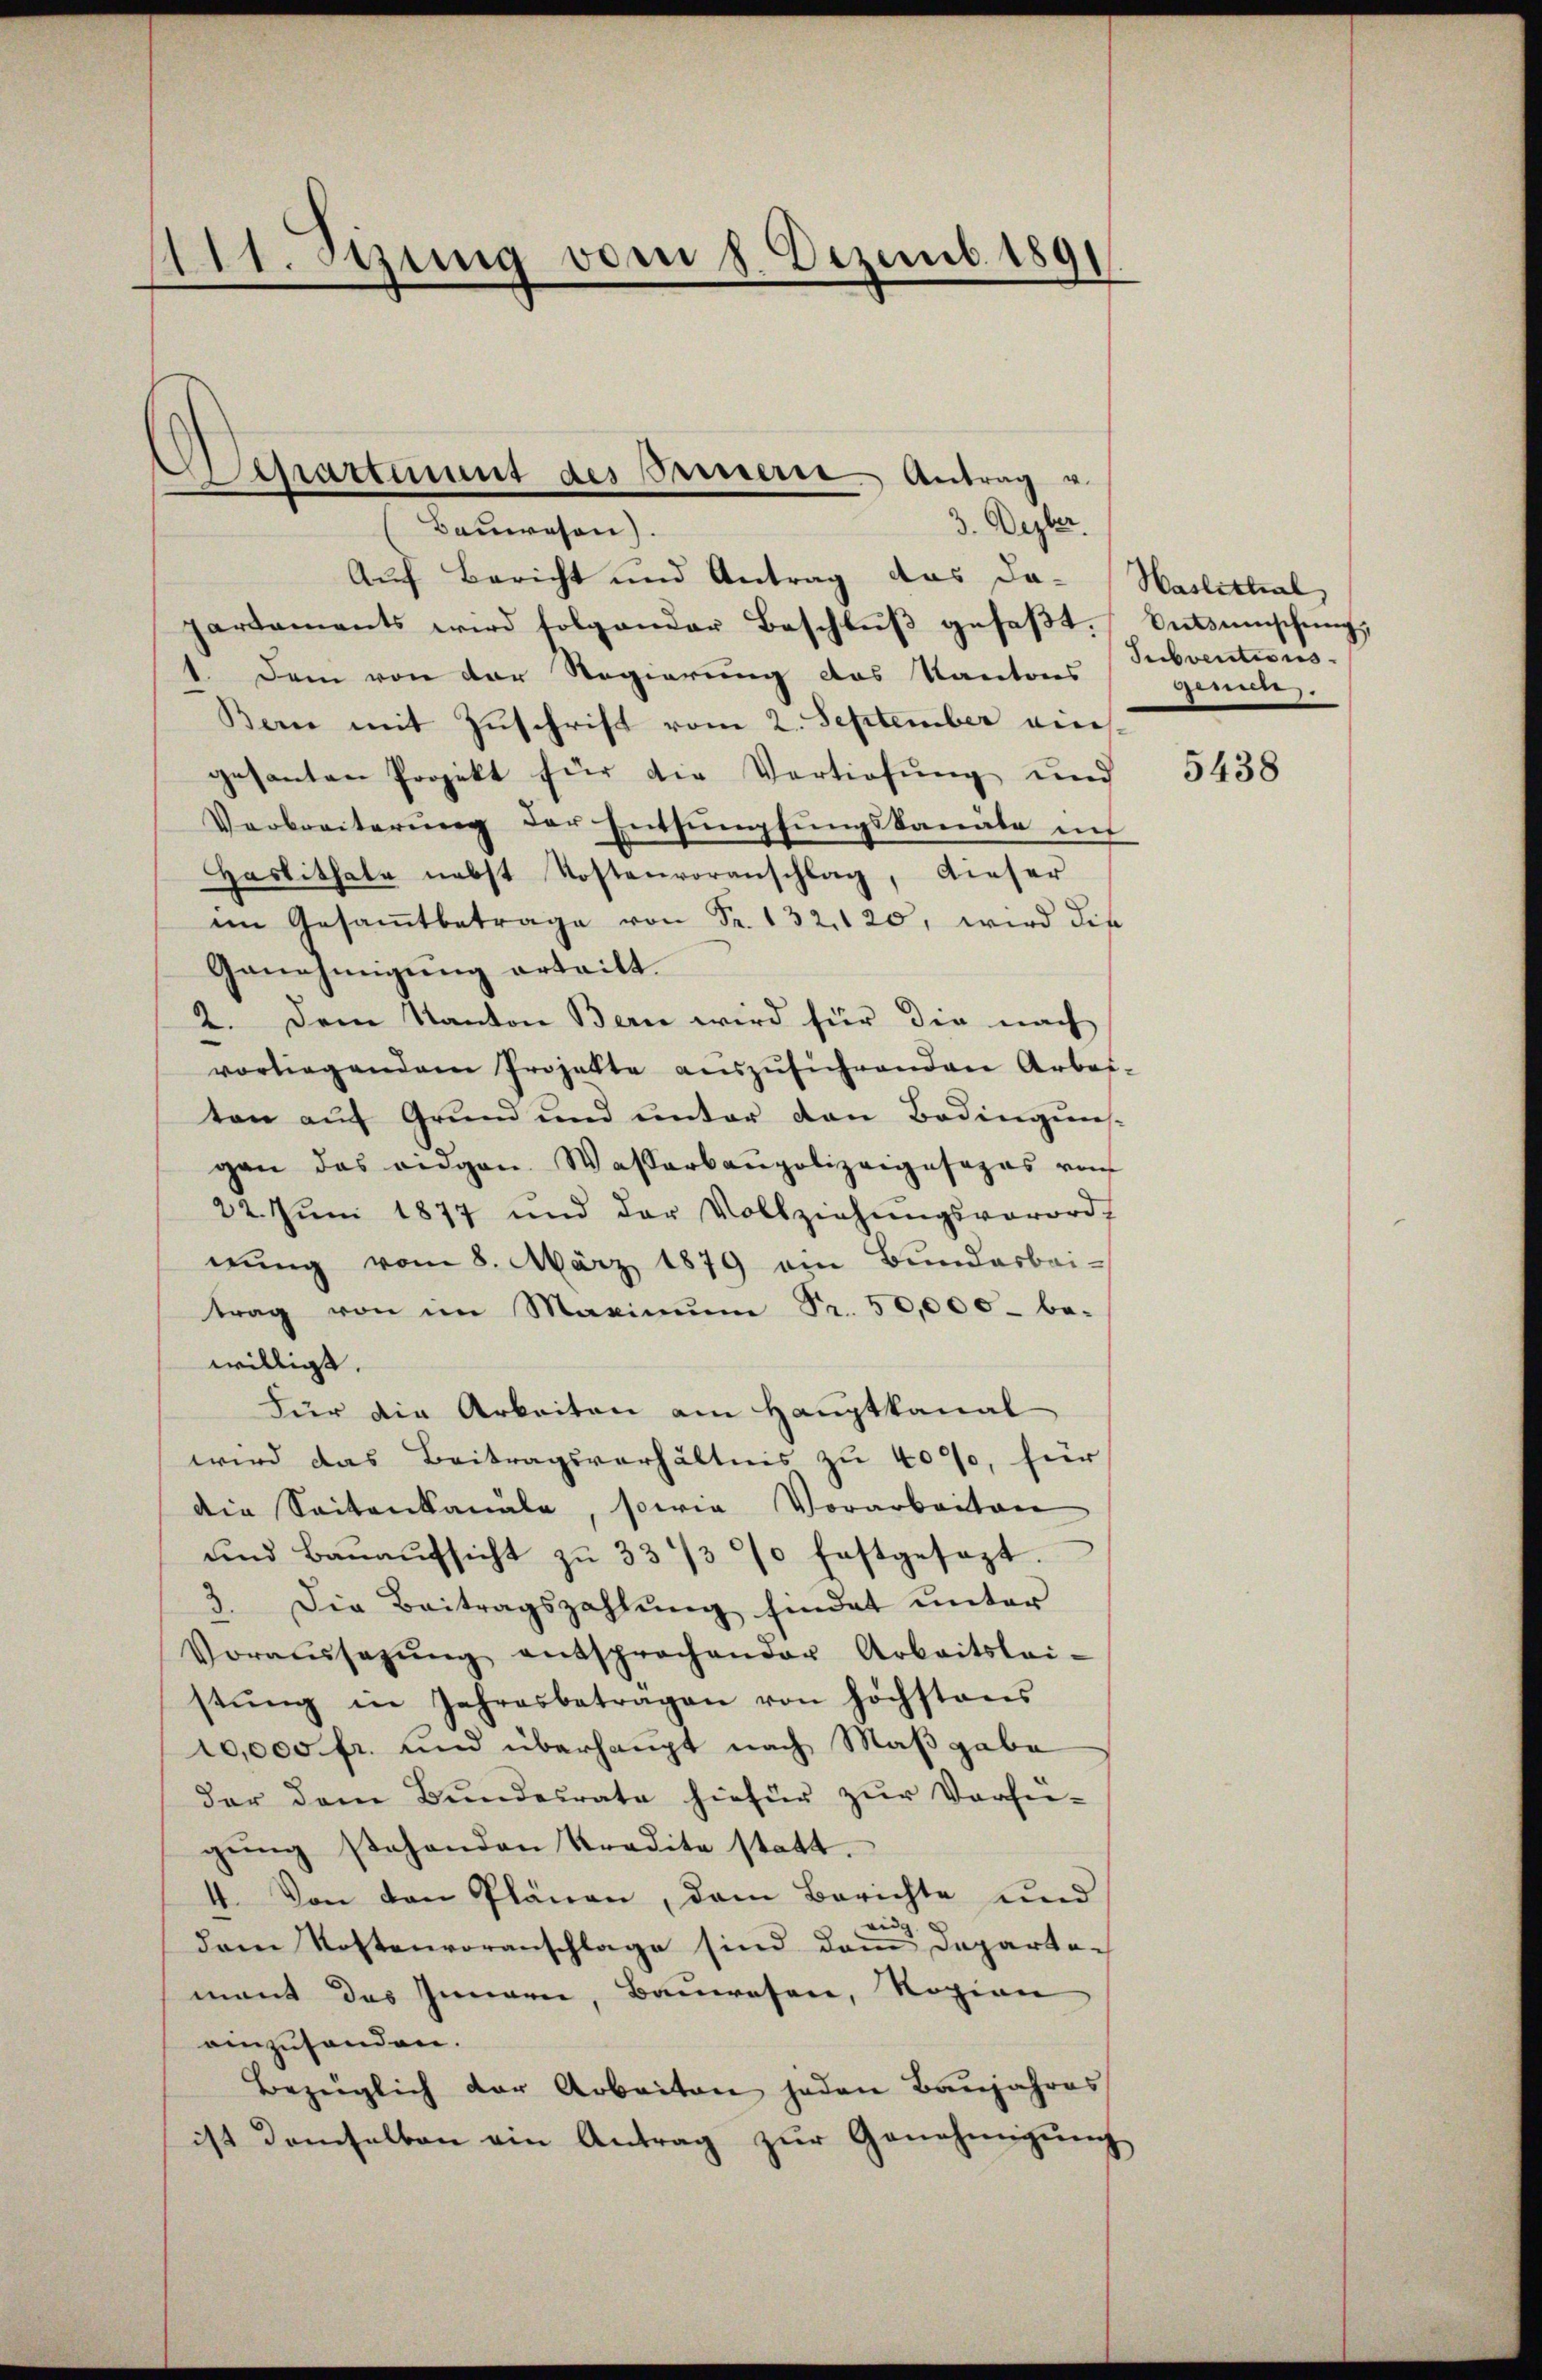
)
dt. Jung vom 8. Dezemb. 1891

Appartement des Presserre Antrag u.
3. Dezber
Bauerason)

Auf Bericht und Antrag das Da-Haslistial,
partements wird folgender Beschlŭβ gefaβt. Entsumschŭng,
Dem von der Regierung des Kantons
Bern mit Zuschrift vom 2. September ains.
gesanten Projekt für die Vertiefung und
Verbreiterŭng der Entsumpfŭngskanäle in
Haslithale nebst Kostenvoranschlag, dieser
im Gesaṁtbetrage von Fr. 132, 120, wird die
Genehmigŭng ertritt.
2. Dem Kanton Bern wird für die nach
vorliegendem Projekte aŭszŭführenden Arbei-
ton auf Grund und unter den Bedingens-
gen das eidgen. Wasserbaupolizeigesezes von
22. Jŭni 1877 und der Vollziehŭngsverord-
nung vom 8. März 1879 ein Bundarbei-
trag von im Maximŭm Fr. 50,000 - be-
willigt.
Für die Arbeiten am Hauptkanal
wird das Beitragsverhältnis zu 40%, für
die Saitenkanale, sowie Vorarbeiten
ŭnd Baŭaŭfsicht zŭ 33/3% festgesezt.
3. Die Beitragszahlŭng findet unter
Voraussagŭng entsprochender Arbeitslei-
stŭng in Jahresbeträgen von höchstens
10,000 fr. und überhaupt nach Maßgabe
der dem Bŭndesrate hiefür zŭr Verfü-
gŭng stehenden Tradita statt.
4. Von den Plänen, dem Berichte und
eidg.
dem Kostenvoranschlage sind dem Departe-
mant des Innern, Bauwesen, Rozion
einzuhanden.
Bezüglich der Arbeiten jeden Baŭjahres
ist demselben ein Antrag zŭr Genehmigŭng

Subventions.
genen.

5438